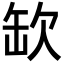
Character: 缼